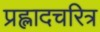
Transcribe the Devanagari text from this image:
प्रह्लादचरित्र